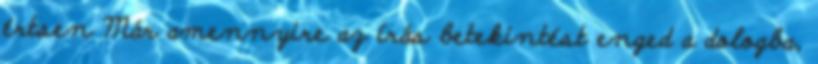
értsen Már amennyire az írás betekintést enged a dologba,